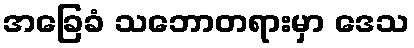
အခြေခံ သဘောတရားမှာ ဒေသ